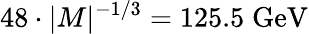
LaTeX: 48\cdot|M|^{-1/3}=125.5\; \mathrm{GeV}